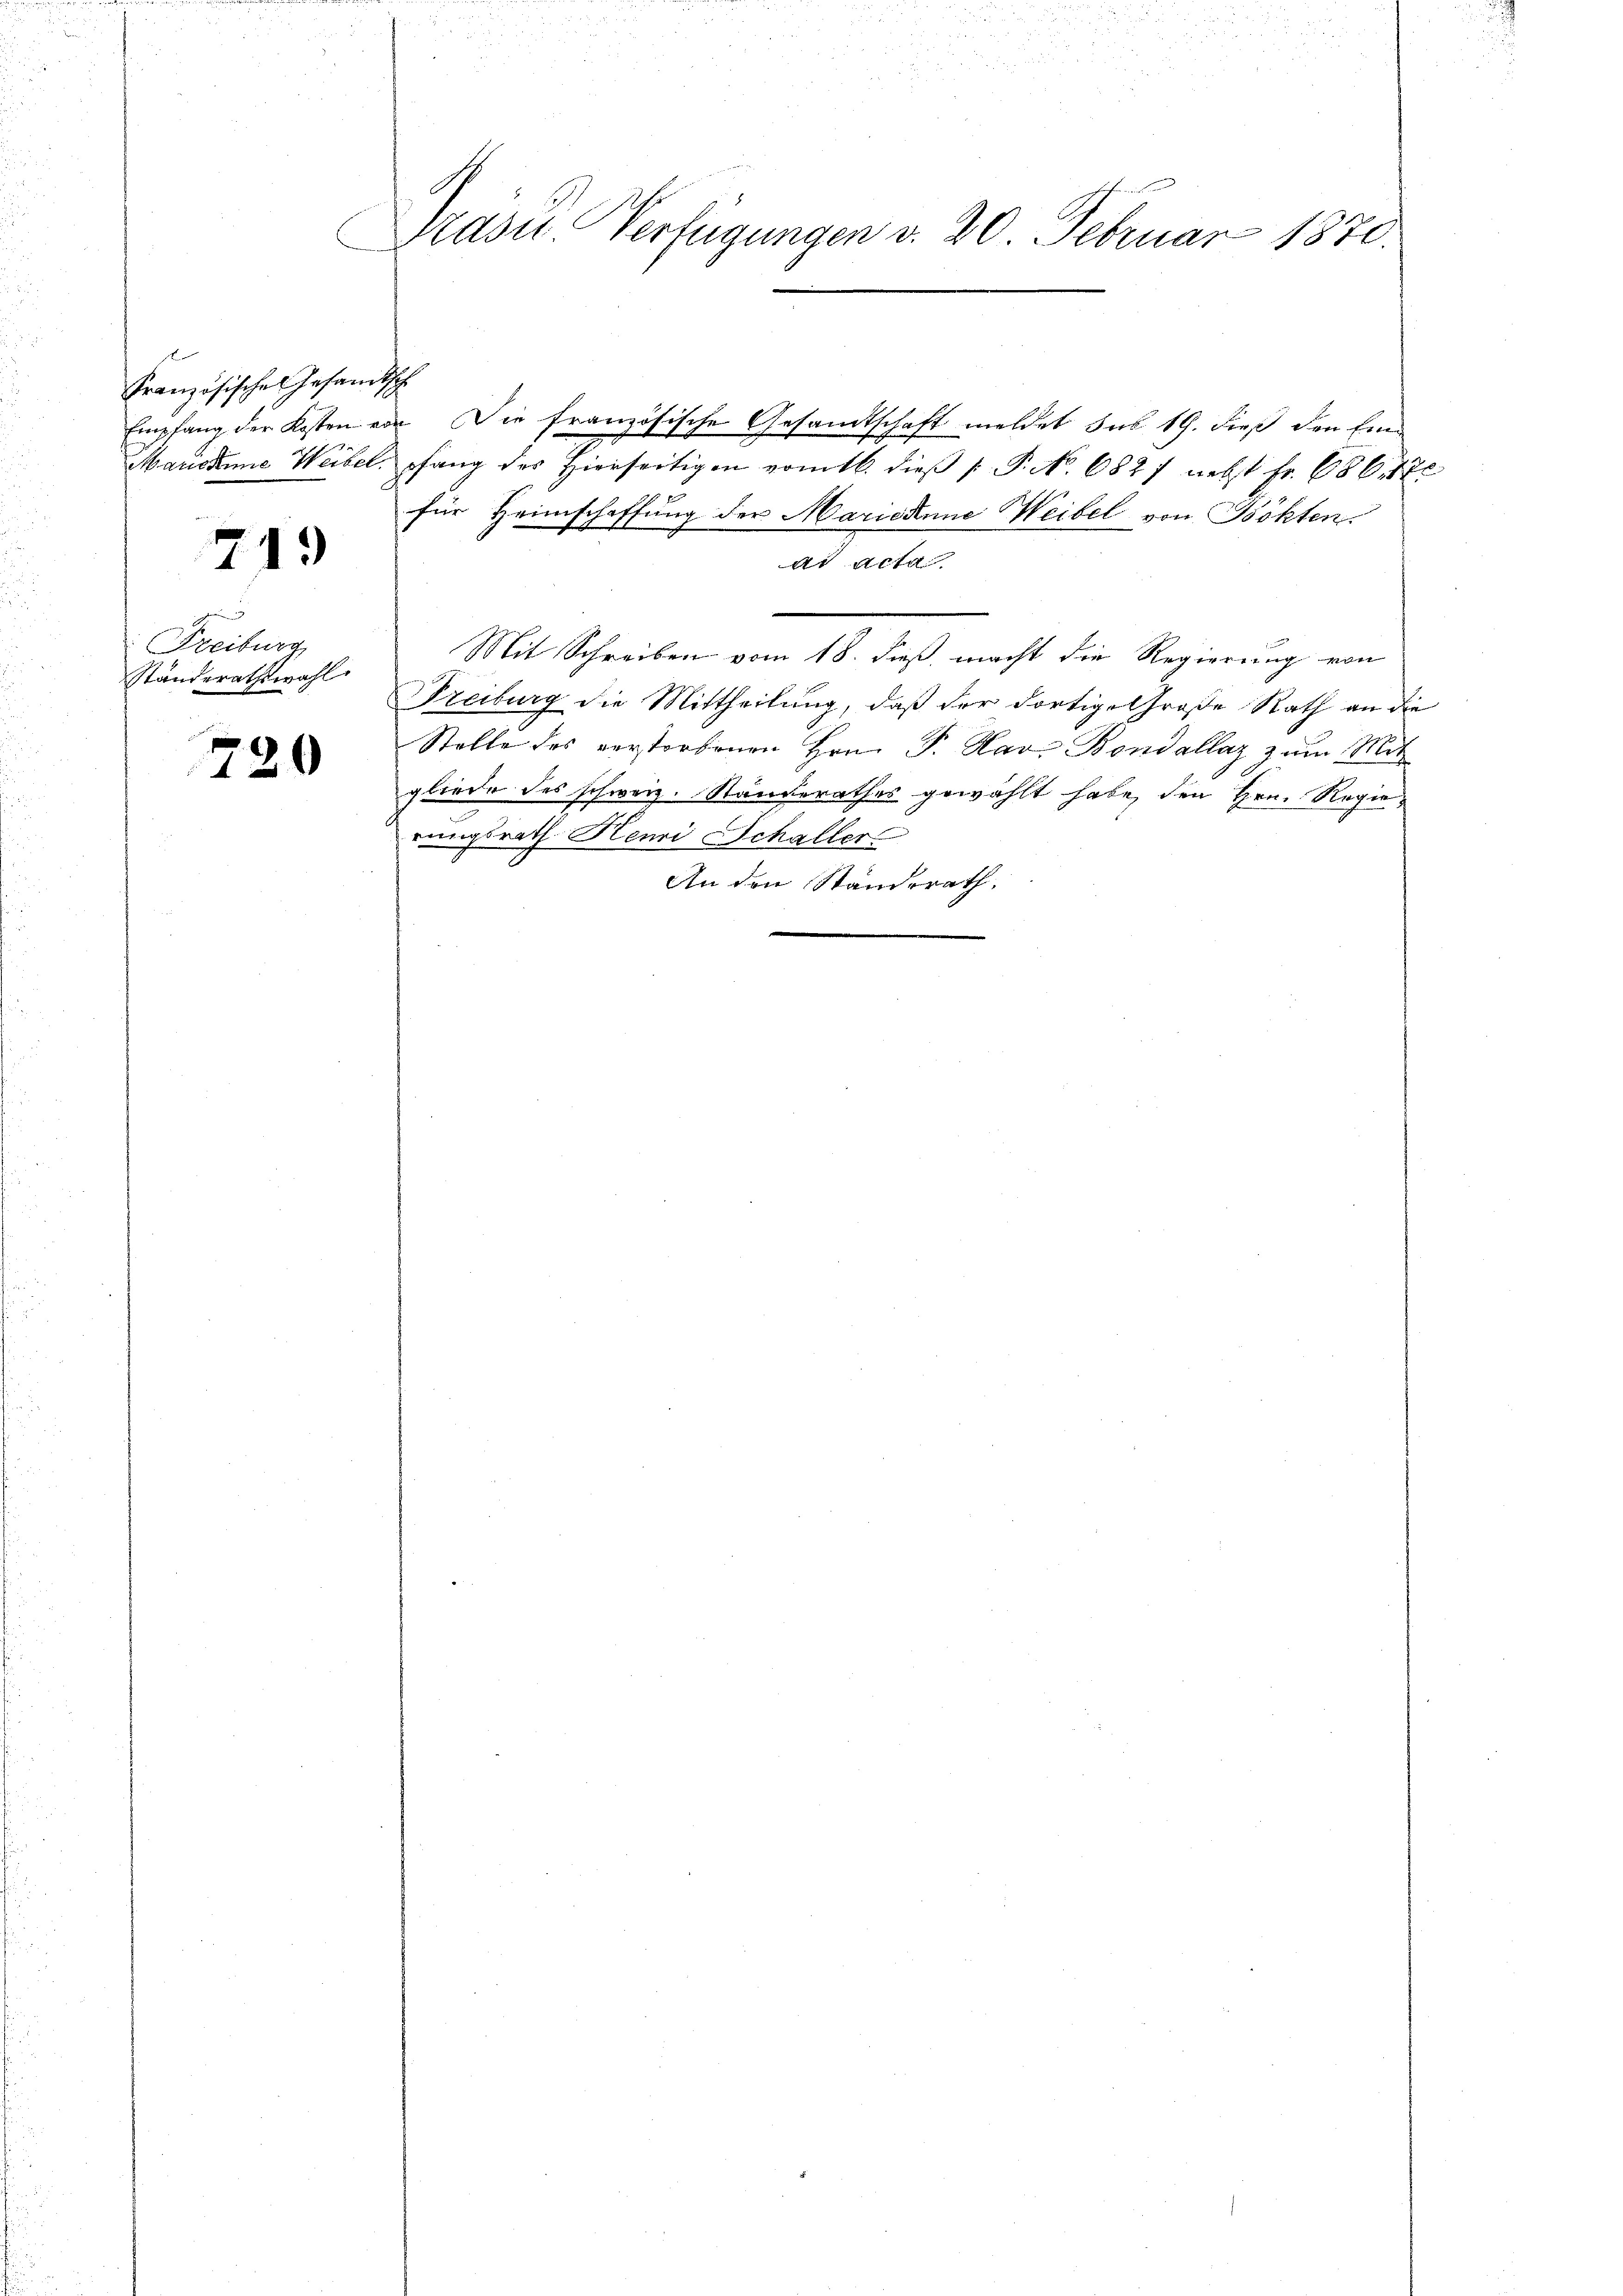
Br
Französische Gesandt
Empfang der Kosten er
Maristine Weibel.

719

Freiburg
Ständerathswahl.

720

Präser Verfügungen v. 20 Februar 1870.

z
 Die französische Gesandtschaft meldet sus 19. dieß den Einpfang des Hierseitigen vom 16. dieβ (: P. No. 6827 nebst fr. 686. 17
für Heimschaffung der Mariedene Weibel von Böhten.
Ad Acta
Mit Schreiben vom 18. dieß, macht die Regierung von
Freiburg die Mittheilung, daß der dortige Große Rath an die
Stelle des verstorbenen Hrn. P. Nav. Bondallaz zum Mit
gliede des schweiz. Ständerathes gewählt habe, den Hrn. Regierungsrath Henri Schaller
An den Standerath.